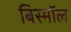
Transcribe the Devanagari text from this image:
बिस्मॉल